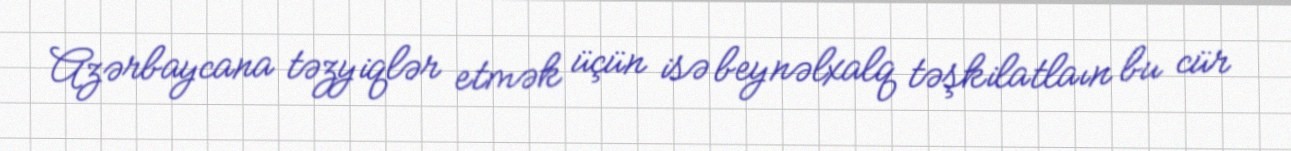
Azərbaycana təzyiqlər etmək üçün isə beynəlxalq təşkilatlaın bu cür